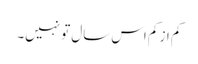
کم از کم اس سال تو نہیں۔